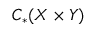
C _ { * } ( X \times Y )